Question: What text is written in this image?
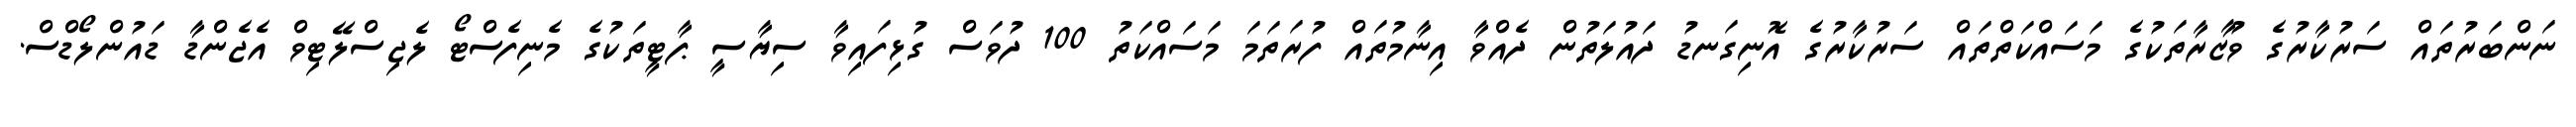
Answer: ނަންބަރުތައް ސަރުކާރުގެ ވުޒާރާތަކުގެ މަސައްކަތްތައް ސަރުކާރުގެ އޮނިގަނޑު ދައުލަތުން ދެއްވާ އިނާމުތައް ފުރަތަމަ މަސައްކަތު 100 ދުވަސް ގުޅިފައިވާ ސިޔާސީ ޕާޓީތަކުގެ މެނިފެސްޓޯ ލެޖިސްލޭޓިވް އެޖެންޑާ ޑައުންލޯޑްސް.